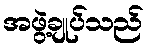
အဖွဲ့ချုပ်သည်